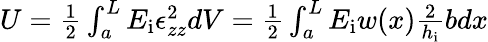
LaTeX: \begin{array}{r}{U=\frac{1}{2}\int_{a}^{L}E_{\mathrm{i}}\epsilon_{zz}^{2}dV=\frac{1}{2}\int_{a}^{L}E_{\mathrm{i}}w(x)\frac{2}{h_{\mathrm{i}}}bdx}\end{array}